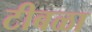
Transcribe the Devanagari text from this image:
टीबळा